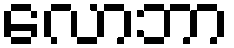
လောဘာ